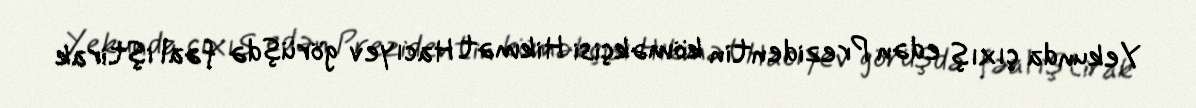
Yekunda çıxış edən Prezidentin köməkçisi Hikmət Hacıyev görüşdə fəal iştirak